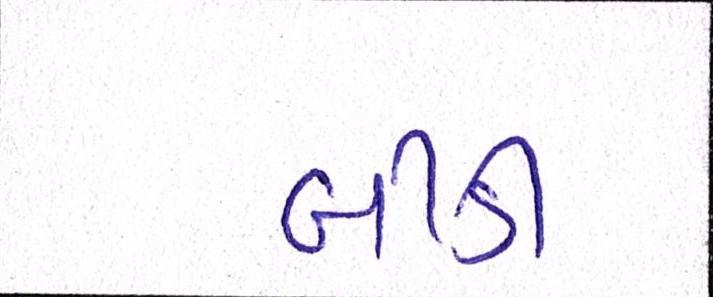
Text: બીડી